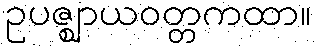
ဥပဇ္ဈာယဝတ္တကထာ။